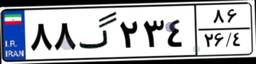
۸۸گ۲۳۴۸۶